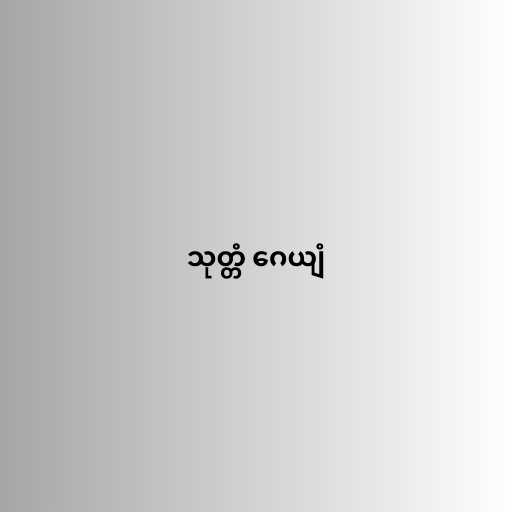
သုတ္တံ ဂေယျံ